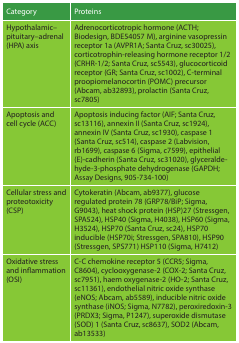
<table><thead><tr><td><b>Category</b></td><td><b>Proteins</b></td></tr></thead><tbody><tr><td>Hypothalamic–pituitary–adrenal (HPA) axis</td><td>Adrenocorticotropic hormone (ACTH; Biodesign, BDE54057 M), arginine vasopressin receptor 1a (AVPR1A; Santa Cruz, sc30025), corticotrophin-releasing hormone receptor 1/2 (CRHR-1/2; Santa Cruz, sc5543), glucocorticoid receptor (GR; Santa Cruz, sc1002), C-terminal proopiomelanocortin (POMC) precursor (Abcam, ab32893), prolactin (Santa Cruz, sc7805)</td></tr><tr><td>Apoptosis and cell cycle (ACC)</td><td>Apoptosis inducing factor (AIF; Santa Cruz, sc13116), annexin II (Santa Cruz, sc1924), annexin IV (Santa Cruz, sc1930), caspase 1 (Santa Cruz, sc514), caspase 2 (Labvision, rb1699), caspase 6 (Sigma, c7599), epithelial (E)-cadherin (Santa Cruz, sc31020), glyceraldehyde-3-phosphate dehydrogenase (GAPDH; Assay Designs, 905-734-100)</td></tr><tr><td>Cellular stress and proteotoxicity (CSP)</td><td>Cytokeratin (Abcam, ab9377), glucose regulated protein 78 (GRP78/BiP; Sigma, G9043), heat shock protein (HSP)27 (Stressgen, SPA524), HSP40 (Sigma, H4038), HSP60 (Sigma, H3524), HSP70 (Santa Cruz, sc24), HSP70 inducible (HSP70i; Stressgen, SPA810), HSP90 (Stressgen, SPS771) HSP110 (Sigma, H7412)</td></tr><tr><td>Oxidative stress and inflammation (OSI)</td><td>C-C chemokine receptor 5 (CCR5; Sigma, C8604), cyclooxygenase-2 (COX-2; Santa Cruz, sc7951), haem oxygenase-2 (HO-2; Santa Cruz, sc11361), endothelial nitric oxide synthase (eNOS; Abcam, ab5589), inducible nitric oxide synthase (iNOS; Sigma, N7782), peroxiredoxin-3 (PRDX3; Sigma, P1247), superoxide dismutase (SOD) 1 (Santa Cruz, sc8637), SOD2 (Abcam, ab13533)</td></tr></tbody></table>